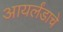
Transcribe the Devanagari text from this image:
आयर्लंडाचे